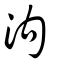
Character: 泃